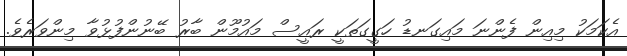
އެކަމަކު މިއިން ފެންނަ މައިގަނޑު ހަގީގަތަކީ ރައީސް މައުމޫން ބާރު ބޭނުންފުޅުވާ މިންވަރެވެ.